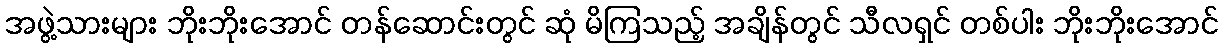
အဖွဲ့သားများ ဘိုးဘိုးအောင် တန်ဆောင်းတွင် ဆုံ မိကြသည့် အချိန်တွင် သီလရှင် တစ်ပါး ဘိုးဘိုးအောင်